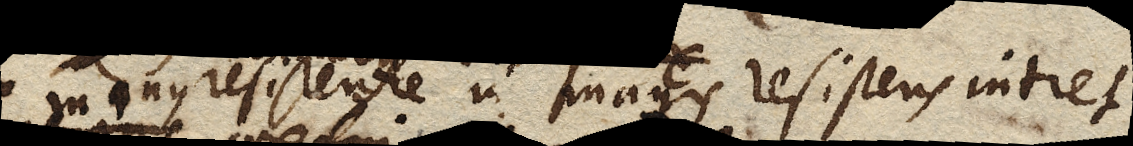
ex minus resistente in magis resistens intret